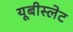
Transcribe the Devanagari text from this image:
यूबीस्लेट